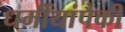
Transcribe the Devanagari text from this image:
धर्मीयांपैकी